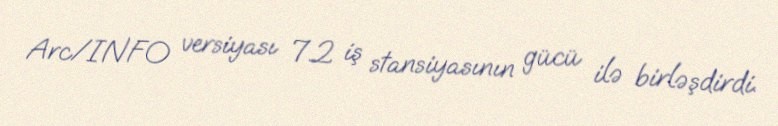
Arc/INFO versiyası 7.2 iş stansiyasının gücü ilə birləşdirdi.